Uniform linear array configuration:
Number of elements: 8
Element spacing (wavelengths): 1
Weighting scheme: hann
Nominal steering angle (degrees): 0
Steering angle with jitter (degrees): -0.4817
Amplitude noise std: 0.05
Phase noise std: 0.05

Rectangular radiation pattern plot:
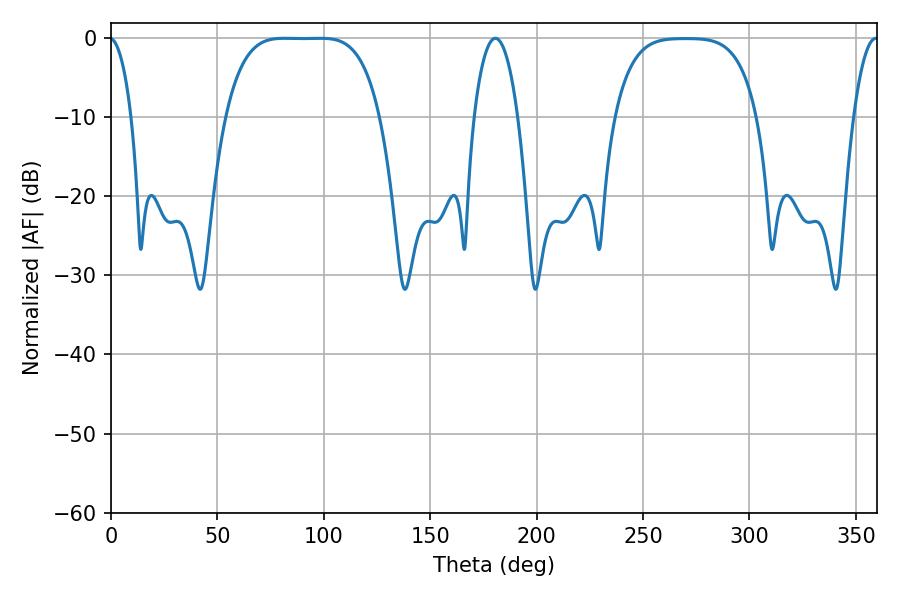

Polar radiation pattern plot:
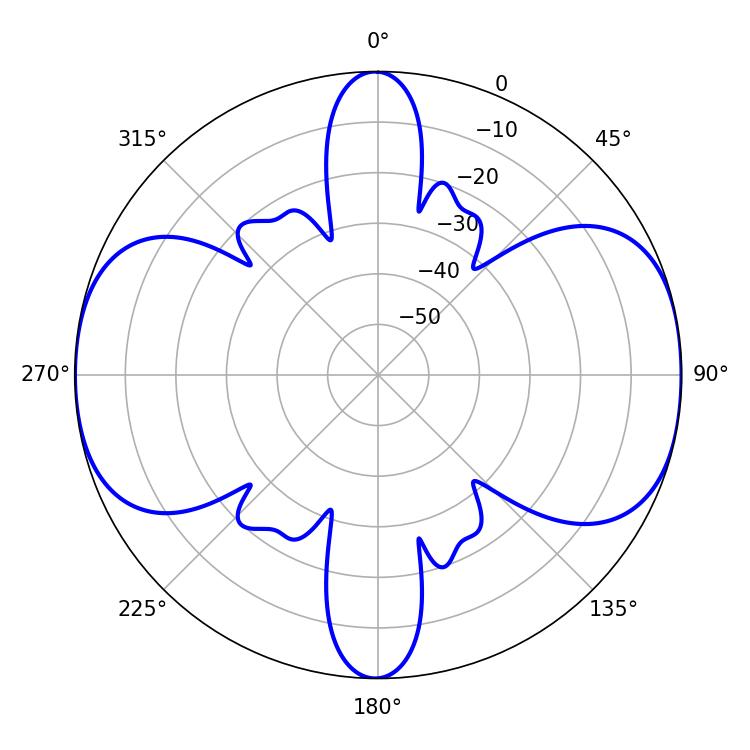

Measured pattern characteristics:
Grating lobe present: TRUE
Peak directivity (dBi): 12.876
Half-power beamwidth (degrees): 55.08
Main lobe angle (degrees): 81.54